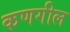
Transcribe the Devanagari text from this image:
कणगील